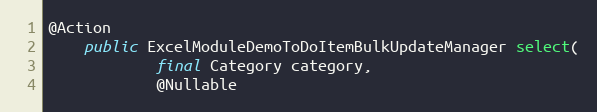
Language: Java
@Action
    public ExcelModuleDemoToDoItemBulkUpdateManager select(
            final Category category,
            @Nullable